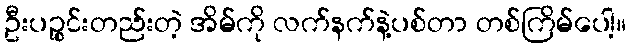
ဦးပဉ္စင်းတည်းတဲ့ အိမ်ကို လက်နက်နဲ့ပစ်တာ တစ်ကြိမ်ပေါ့။